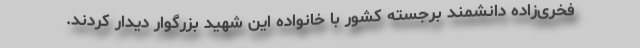
فخری‌زاده دانشمند برجسته کشور با خانواده این شهید بزرگوار دیدار کردند.